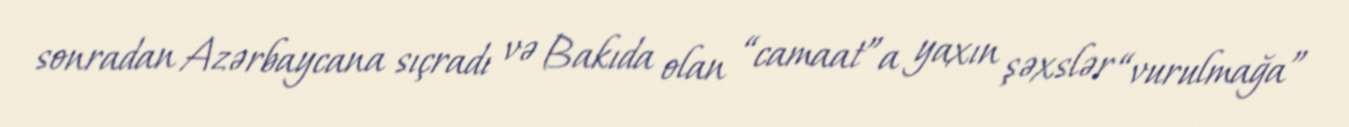
sonradan Azərbaycana sıçradı və Bakıda olan “camaat”a yaxın şəxslər “vurulmağa”